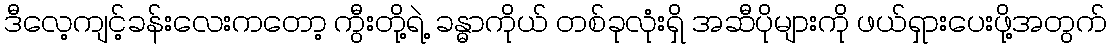
ဒီလေ့ကျင့်ခန်းလေးကတော့ ကွီးတို့ရဲ့ ခန္ဓာကိုယ် တစ်ခုလုံးရှိ အဆီပိုများကို ဖယ်ရှားပေးဖို့အတွက်